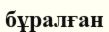
бұралған